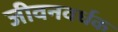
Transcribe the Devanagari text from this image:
जीवनवर्धक